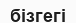
бізгегі